Papers set at the Examination for Leaving Certificates, 1894
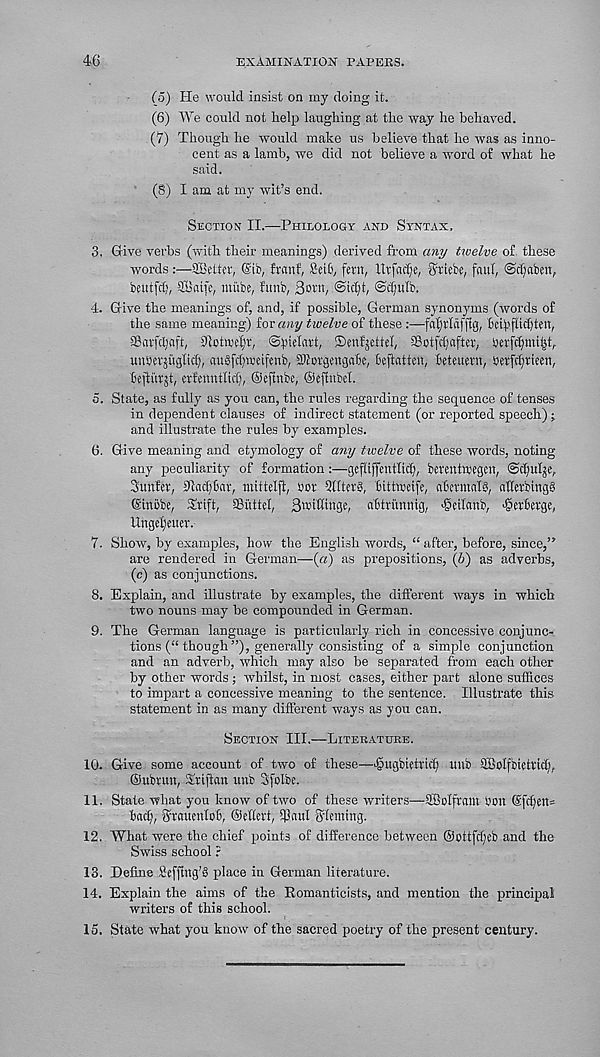
46
EXAMINATION PAPERS.
(5) He would insist on my doing it.
(6) We could not help laughing at the way he behaved.
(7) Though he would make us believe that he was as inno-
cent as a lamb, we did not believe a word of what he
said.
(§) I am at my wit’s end.
Section II.—Philology and Syntax,
3. Give verbs (with their meanings) derived from any twelve of. these
words:—SBctter, (Sib, frcmf, £ei£>, fern, Itrfadje, gtiebe, fauf, @cl;aben,
beutfcb, 28aife, miibe, funb, 3ot«/ ©icljt, @d)nlb,
4. Give the meanings of, and, if possible, German synonyms (words of
the same meaning) for any twelve of these :—faijrldfftg, Beif'fM)ten,
aSarfcljnft, 0lotwe^r, ©fnelart, iDenfjcttel, a3otfcC;after, berfcCjmUjt,
unbetjuglic^, auSfcfjweifenb, ailorgengal'c, Bejlatten, beteuern, berfc^rieen,
bejiurjt, erfenntlid;, ©eftnbe, ©eflnbel.
5. State, as fully as you can, the rules regarding the sequence of tenses
in dependent clauses of indirect statement (or reported speech);
and illustrate the rules by examples.
6. Give meaning and etymology of any twelve of these words, noting
any peculiarity of formation:—geftiffcntlid), berentnxgen, ©dpilge,
Stmfet, fftacfffccir, mittelft, sot UtlterS, btttweife, abcrmnlS, aKerbingg
©nbbe, Srift, SButtel, 3witKnge, abtrunnig, >@eilcmb, ^erberge,
llnge^euer.
7. Show, by examples, how the English words, “after, before, since,”
are rendered in German—(a) as prepositions, (6) as adverbs,
(c) as conjunctions.
8. Explain, and illustrate by examples, the different ways in which
two nouns may be compounded in German.
9. The German language is particularly rich in concessive conjunc-
tions (“ though”), generally consisting of a simple conjunction
and an adverb, which may also be separated from each other
by other words; whilst, in most cases, either part alone suffices
to impart a concessive meaning to the sentence. Illustrate this
statement in as many different ways as you can.
Section III.—Literature.
10. Give some account of two of these—jougbiefrict) uub Sfiolfbietrict),
©ubrun, Siriftcm nub Sfolbc.
11. State what you know of two of these writers—SBolftam bon (Sfdjen*
bad), Smtcnlob, ©eHcrt, $aul Fleming.
12. What were the chief points of difference between @ottfd)eb and the
Swiss school ?
13. Define £efftng'§ place in German literature.
14. Explain the aims of the Romanticists, and mention the principal
writers of this school.
15. State what you know of the sacred poetry of the present century.